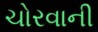
ચોરવાની